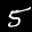
Label: 5